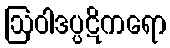
ဩဝါဒပ္ပဋိကရော